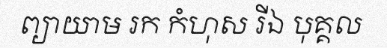
ព្យាយាម រក កំហុស រីឯ បុគ្គល